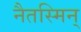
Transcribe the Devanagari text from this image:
नैतस्मिन्